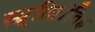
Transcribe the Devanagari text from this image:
स्म्र्तिर्ध्रतिह